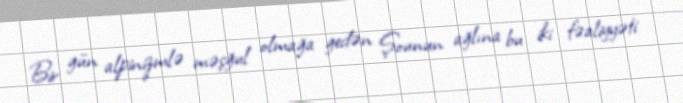
Bir gün alpinizmlə məşğul olmağa gedən Şounun ağlına bu iki fəaliyyəti